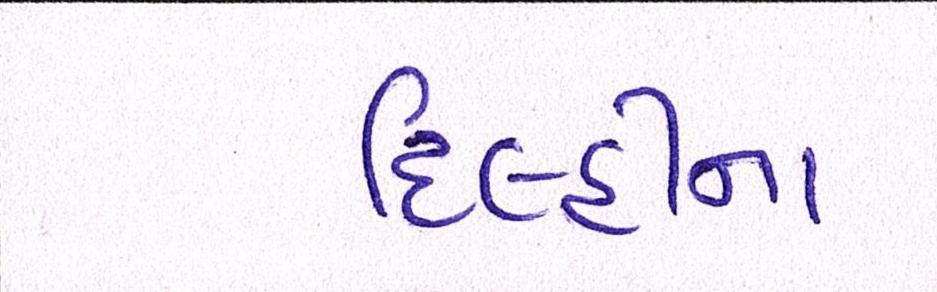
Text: દિલ્હીના